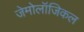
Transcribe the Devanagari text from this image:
जेमोलॉजिकल